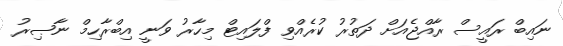
ނައިބް ރައީސް ރާއްޖެއަށް ދަތުރު ކުރެއްވި ފްލައިޓް މިހާރު ވަނީ އިބްރާހިމް ނާޞިރު